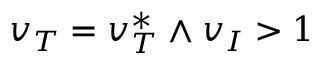
v _ { T } = v _ { T } ^ { * } \land v _ { I } > 1